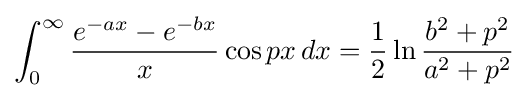
\int _{0}^{\infty }{\frac {e^{-ax}-e^{-bx}}{x}}\cos px\,dx={\frac {1}{2}}\ln {\frac {b^{2}+p^{2}}{a^{2}+p^{2}}}